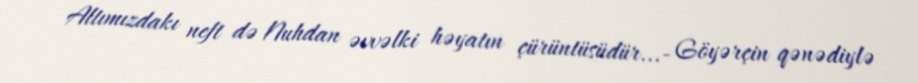
Altımızdakı neft də Nuhdan əvvəlki həyatın çürüntüsüdür...- Göyərçin qənədiylə